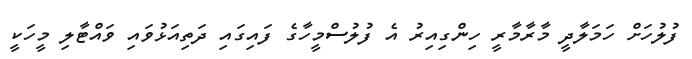
ފުލުހަށް ހަމަލާދީ މާރާމާރީ ހިންގިއިރު އެ ފުލުސްމީހާގެ ފައިގައި ދަތިއަޅުވައި ވައްޓާލި މީހަކީ